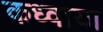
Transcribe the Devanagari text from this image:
कध्वाया